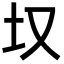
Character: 𪢲